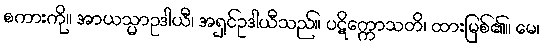
စကားကို။ အာယသ္မာဥဒါယီ၊ အရှင်ဥဒါယီသည်။ ပဋိက္ကောသတိ၊ ထားမြစ်၏။ မေ၊